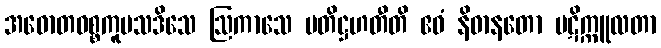
အဓောတဝစ္စကူပသဒိသေ ဩကာသေ ပတိဋ္ဌဟတီတိ ဧဝံ နိဓာနတော ပဋိက္ကူလတာ